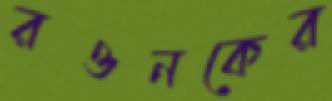
রওনকের